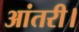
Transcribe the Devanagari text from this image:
आंतरी।